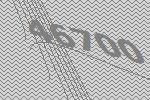
46700